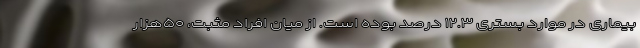
بیماری در موارد بستری ۱۲.۳ درصد بوده است. از میان افراد مثبت، ۵۰هزار